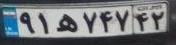
۹۱ه۷۴۷۴۲